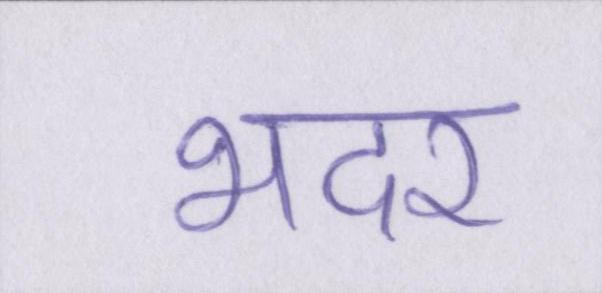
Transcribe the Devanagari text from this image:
भदर